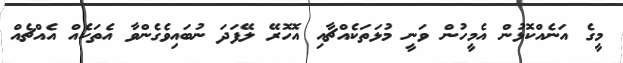
މީގެ އަނެއްކޮޅުން އެމީހުން ވަނީ މުޅަތަކެއްޗާއި އޮހޮރޭ ލޭފަދަ ނުބައިވެގެންވާ އެތަކެއް އެއްޗެއް